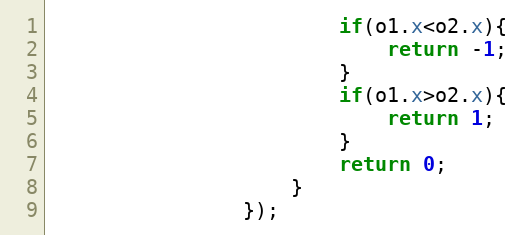
Language: Java
						if(o1.x<o2.x){
							return -1;
						}
						if(o1.x>o2.x){
							return 1;
						}
						return 0;
					}
				});